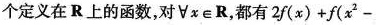
个定义在R上的函数，对 \forall x \in R，都有 $$2 f ( x ) + f ( x ^ { 2 } -